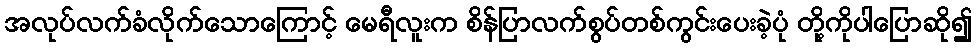
အလုပ်လက်ခံလိုက်သောကြောင့် မေရီလူးက စိန်ပြာလက်စွပ်တစ်ကွင်းပေးခဲ့ပုံ တို့ကိုပါပြောဆို၍